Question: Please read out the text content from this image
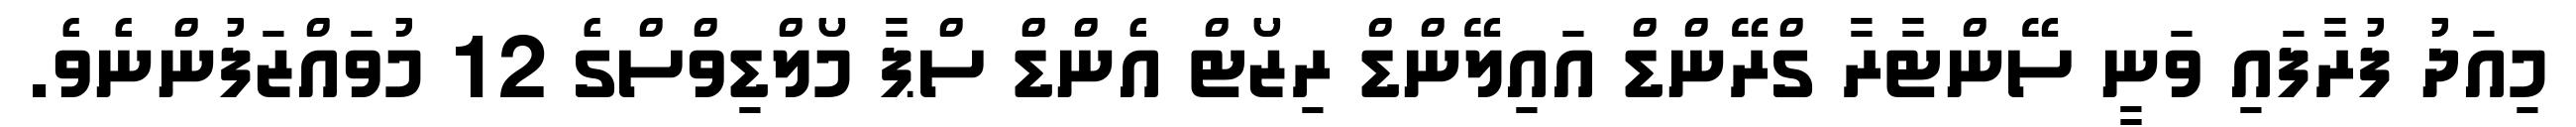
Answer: މިއަދު ފުރާފައި ވަނީ ސޭންޓާރާ ގްރޭންޑް އައިލޭންޑް ރިޒޯޓް އެންޑް ސްޕާ މޯލްޑިވްސްގެ 12 މުވައްޒަފުންނެވެ.